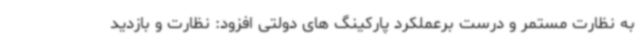
به نظارت مستمر و درست برعملکرد پارکینگ های دولتی افزود: نظارت و بازدید